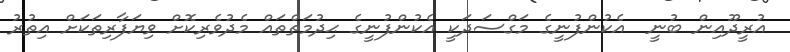
އުރީދޫއިން ބުނީ  އެކުންފުނީގެ މަގްސަދަކީ އެކުންފުނީގެ ޙިދުމަތްތައް މެދުވެރިކޮށް ވިޔަފާރިތަކަށް އިތުރު